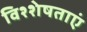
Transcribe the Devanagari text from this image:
विश्शेषताएं